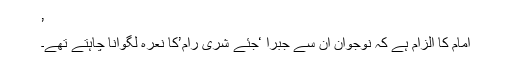
’
امام کا الزام ہے کہ نوجوان ان سے جبراً ‘جئے شری رام’کا نعرہ لگوانا چاہتے تھے۔